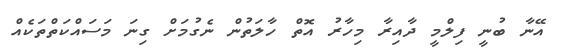
އޭނާ ބުނީ ފިލްމީ ދާއިރާ މިހާރު އޮތް ހާލަތުން ނެގުމަށް ގިނަ މަސައްކަތްތަކެއް